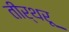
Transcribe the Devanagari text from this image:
तीर्थरू